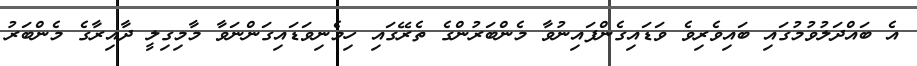
އެ ބައްދަލުވުމުގައި ބައިވެރިވެ ވަޑައިގެންފައިނުވާ މެންބަރުންގެ ތެރޭގައި ހިމެނިވަޑައިގަންނަވާ މާމިގިލީ ދާއިރާގެ މެންބަރު